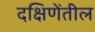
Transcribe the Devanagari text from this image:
दक्षिणेंतील